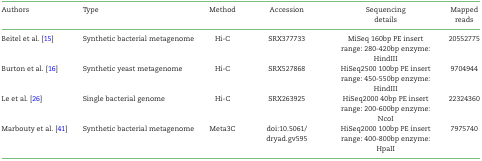
<table><thead><tr><td><b>Authors</b></td><td><b>Type</b></td><td><b>Method</b></td><td><b>Accession</b></td><td><b>Sequencing</b></td><td><b>Mapped</b></td></tr><tr><td></td><td></td><td></td><td></td><td><b>details</b></td><td><b>reads</b></td></tr></thead><tbody><tr><td>Beitel et al. [15]</td><td>Synthetic bacterial metagenome</td><td>Hi-C</td><td>SRX377733</td><td>MiSeq 160bp PE insert range: 280-420bp enzyme: HindIII</td><td>20552775</td></tr><tr><td>Burton et al. [16]</td><td>Synthetic yeast metagenome</td><td>Hi-C</td><td>SRX527868</td><td>HiSeq2500 100bp PE insert range: 450-550bp enzyme: HindIII</td><td>9704944</td></tr><tr><td>Le et al. [26]</td><td>Single bacterial genome</td><td>Hi-C</td><td>SRX263925</td><td>HiSeq2000 40bp PE insert range: 200-600bp enzyme: NcoI</td><td>22324360</td></tr><tr><td>Marbouty et al. [41]</td><td>Synthetic bacterial metagenome</td><td>Meta3C</td><td>doi:10.5061/ dryad.gv595</td><td>HiSeq2000 100bp PE insert range: 400-800bp enzyme: HpaII</td><td>7975740</td></tr></tbody></table>